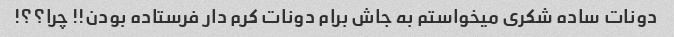
دونات ساده شکری میخواستم به جاش برام دونات کرم دار فرستاده بودن!! چرا؟؟!